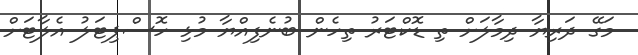
މަގޭ ދަރިޔާ ދިމާލަށް ތި ޑޮކްޓަރު ތިހެން ބުނެފިއްޔާ މުޅި ހޮސްޕިޓަލު އެލާޓަށް